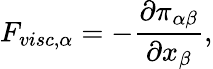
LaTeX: F_{visc,\alpha}=-\frac{\partial\pi_{\alpha\beta}}{\partial x_{\beta}},